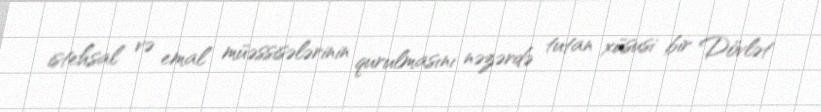
istehsal və emal müəssisələrinin qurulmasını nəzərdə tutan xüsusi bir Dövlət